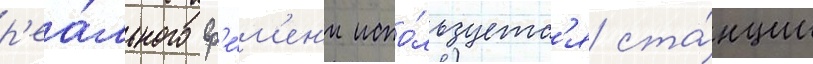
р'еа́льного вр'е́м'ен'и испо́льзуетс'я ста́нции